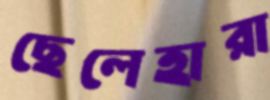
ছেলেহারা